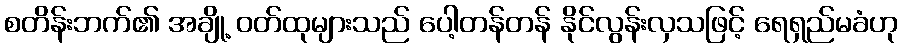
စတိန်းဘက်၏ အချို့ ဝတ်ထုများသည် ပေါ့တန်တန် နိုင်လွန်းလှသဖြင့် ရေရှည်မခံဟု